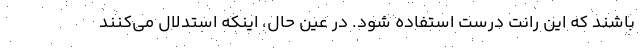
باشند که این رانت درست استفاده شود. در عین حال، اینکه استدلال می‌کنند